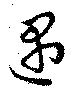
遇